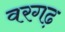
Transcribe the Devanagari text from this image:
वरगढ़